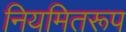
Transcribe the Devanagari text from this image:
नियमितरूप